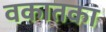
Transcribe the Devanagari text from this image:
वकातका